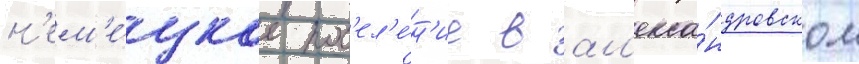
н'ем'е́цкое пос'ел'е́н'ие в ал'екса́ндровском